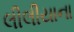
લીલીયાના